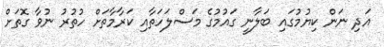
އަދި ނަން ކިޔުމުގައި ބަލާނީ ގައުމުގެ މަސްލަހަތާއި ކަރާމާތަށް ހުތުރު ނުވާ ގޮތަށް